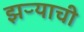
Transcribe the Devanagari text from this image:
झऱ्याची